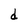
Character: d